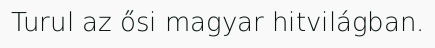
Turul az ősi magyar hitvilágban.